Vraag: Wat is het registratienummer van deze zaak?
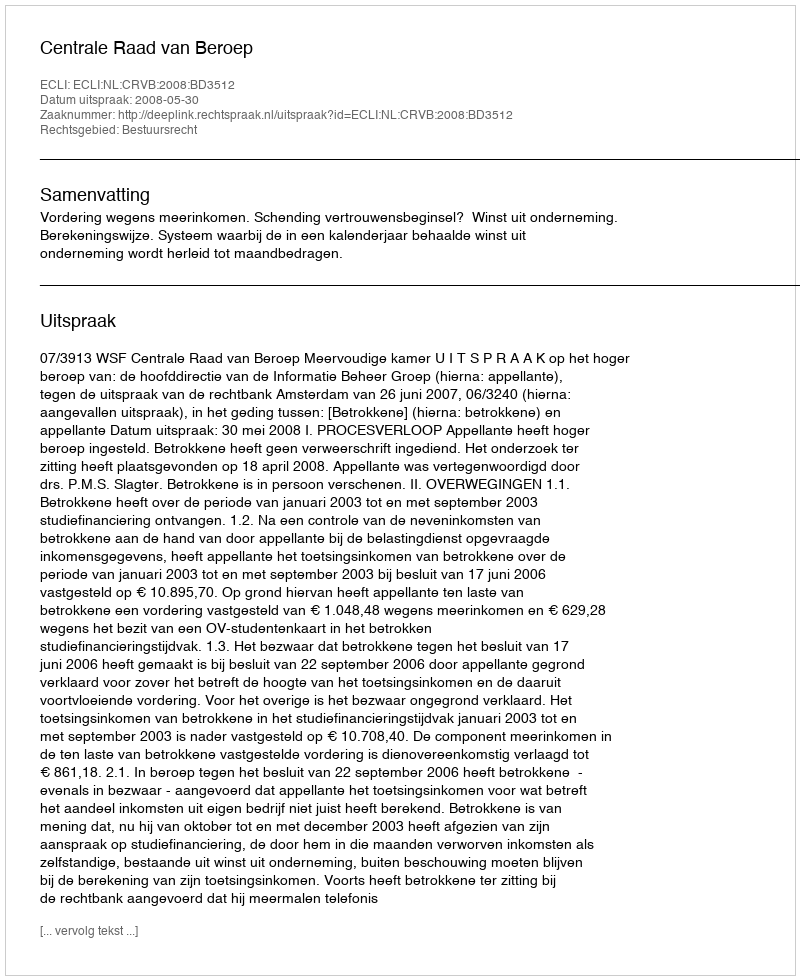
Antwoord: http://deeplink.rechtspraak.nl/uitspraak?id=ECLI:NL:CRVB:2008:BD3512